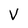
Character: V